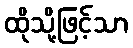
ထိုသို့ဖြင့်သာ